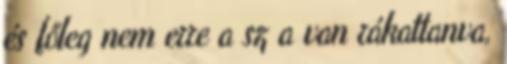
és főleg nem erre a sz a van rákattanva,